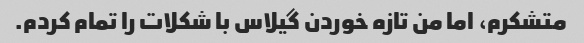
متشکرم، اما من تازه خوردن گیلاس با شکلات را تمام کردم.